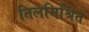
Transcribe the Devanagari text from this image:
तिलमिश्रित